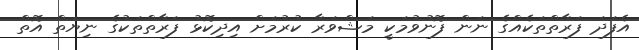
އެފަދަ ފަރާތްތަކެއްގެ ނަން ފޮނުވުމަކީ މަޝްވަރާ ކުރުމަށް އިދިކޮޅު ފަރާތްތަކުގެ ނިޔަތް އޮތް